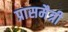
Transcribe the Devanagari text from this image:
प्रासमैत्री